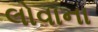
લોવાના